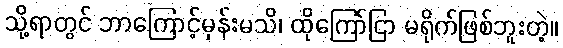
သို့ရာတွင် ဘာကြောင့်မှန်းမသိ၊ ထိုကြော်ငြာ မရိုက်ဖြစ်ဘူးတဲ့။